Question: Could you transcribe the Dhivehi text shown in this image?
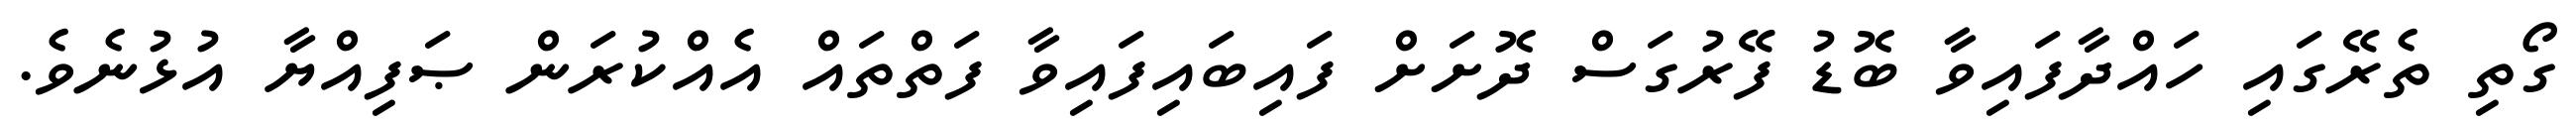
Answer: ގޯތި ތެރޭގައި ހައްދާފައިވާ ބޮޑު ފޭރުގަސް ދޮށަށް ފައިބައިފައިވާ ފަތްތައް އެއްކުރަން ޞަފިއްޔާ އުޅުނެވެ.